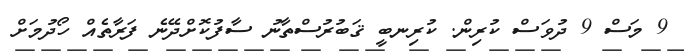
9 މަސް 9 ދުވަސް ކުރިން. ކުރިނބީ ޤަބުރުސްތާނު ސާފުކޮށްދޭނެ ފަރާތެއް ހޯދުމަށް